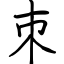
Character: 朿